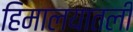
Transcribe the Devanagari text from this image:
हिमालयातली